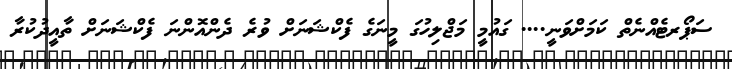
ސަޕޯރޓެއްނެތް ކަމަށްވަނީ.... ގައުމީ މަޖްލިހުގަ މީނަގެ ފެކްޝަނަށް ވުރެ ދެންއޮންނަ ފެކްޝަނަށް ތާއީދުކުރާ